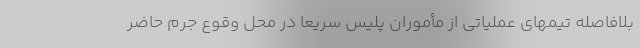
بلافاصله تیمهای عملیاتی از مأموران پلیس سریعاً در محل وقوع جرم حاضر